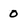
Character: 0